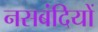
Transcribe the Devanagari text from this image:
नसबंदियों